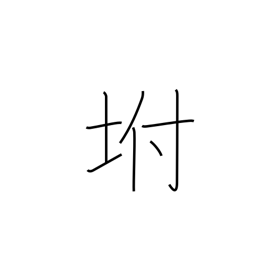
Meaning: slope